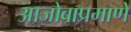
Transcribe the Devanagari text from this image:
आजोबाप्रमाणे